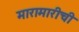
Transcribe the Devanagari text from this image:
मारामारीची